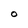
Character: O